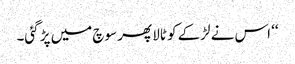
‘‘ اس نے لڑکے کو ٹالا پھر سوچ میں پڑ گئی۔